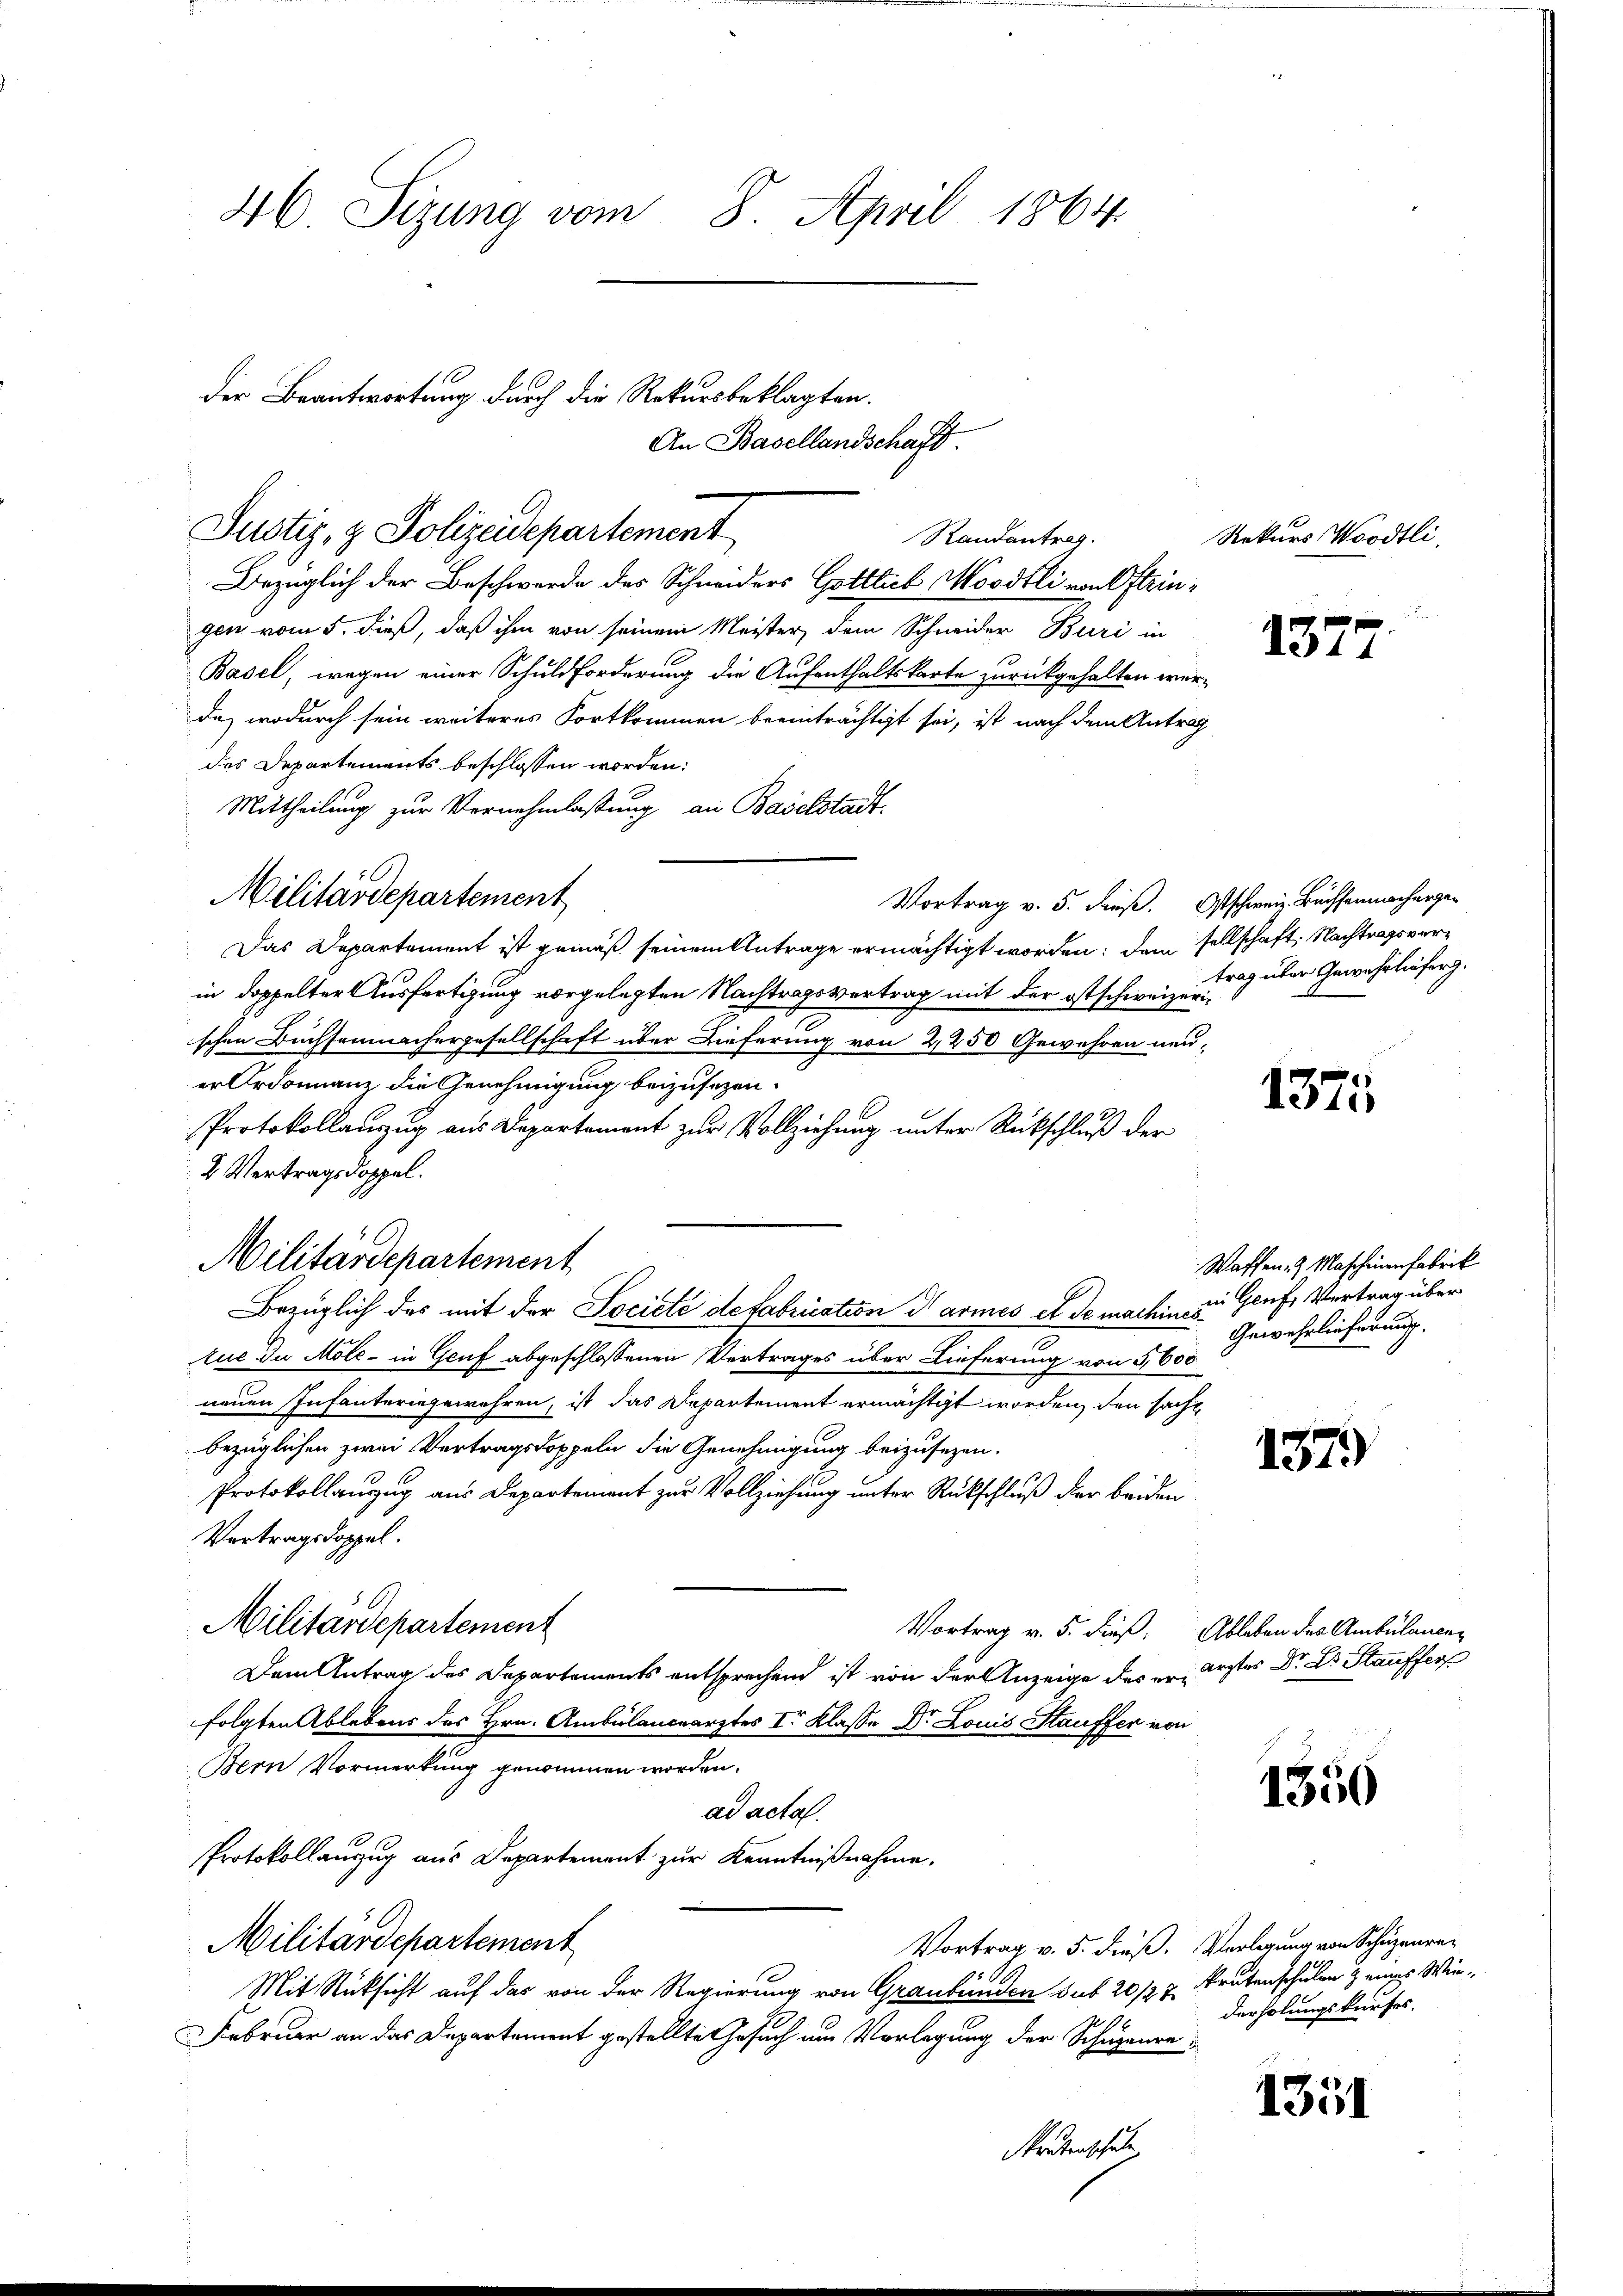
46 Sizung vom 8. April 1864

116
der Beantwortung durch die Rekursbeklagten.
Justiz- & Polizeidepartement
Randantrag.

Militärdepartement

Militärdepartement

Bezüglich der Beschwerde des Schneiders Gottlich Mordtli von Oftringen vom 5. dieß, daß ihm von seinem Meister, dem Schneider Buri in
Basel, wegen einer Schuldforderung die Aufenthaltskarte zurückgehalten werda, wodurch sein weiteres Fortkommen beeinträchtigt sei, ist nach dem Antrag
des Departements beschlossen worden:
Mittheilung zur Vernehmlassung an Baselstadt.
Vortrag v. 5. dieß. Ostschweiz. Buchsenmacherge¬
Das Departement ist gemäß seinem Antrage ermächtigt worden; dem sellschaft. Nachtragsverin doppelter Ausfertigung vorgelegten Nachtragsvertrag mit der ostschweizerischen Buchsemnachergesellschaft über Dieferung von 2250 Gewehren neu-
er Ordonnanz die Genehmigung beizusetzen.
Protokollauszug aus Departement zur Vollziehung unter Rückschluß der
2 Vertragsdoppel.
Bezüglich des mit der Societé de fabrication darmes et de machin in Genf, Vertrag über
tue du Mole - in Genf abgeschlossenen Vertrages über Lieferung von 5,600
neuen Infanteringewehren, ist das Departement ermächtigt worden, den sacht
bezüglichen zwei Vertragsdoppeln die Genehmigung beizusetzen.
Protokollanzug aus Departement zur Vollziehung unter Rückschluß der beiden
Vertragsdoppel.
Militärdepartement
Vortrag v. 5. dieß. Ableben des Ambulance¬
Dem Antrag des Departements entsprechend ist von der Anzeige des erfolgten Ablebens des Hrn. Ambülanceärztes I. Klasse Dr. Louis Stauffer von
Bern Vormerkung genommen worden.
ad acta.
Protokollauszug aus Departement zur Kenntnißnahme.
Militärdepartement
Vortrag v. 5. dieß. Verlegung von Schüzenre¬
Mit Rücksicht auf das von der Regierung von Graubünden sub 20/27 krutenschulen & eines Wie¬
29
Februar an das Departement gestellte Gesuch um Vorlegung der Schuzenre
Mantenschule

An Basellandschaft.

Rekurs Woodtli,

1377

trag über Gewährlieferg.

1375

Waffen & Maschenenfabrik
Gewehrlieferung.

1379

ärztes Dr. Dr. Stauffers

1350

9
derholungskaufes.

1351